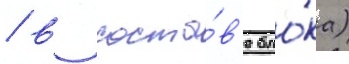
/ в соста́в'е бло́ка)